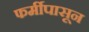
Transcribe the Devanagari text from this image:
फर्मीपासून